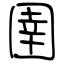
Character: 圉